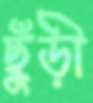
ছুঁড়ী